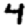
Digit: 4